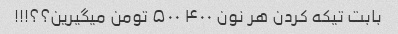
بابت تیکه کردن‌ هر نون ۴۰۰ ۵۰۰ تومن میگیرین؟؟!!!